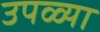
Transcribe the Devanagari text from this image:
उपळ्या